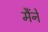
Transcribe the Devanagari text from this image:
मैंनें